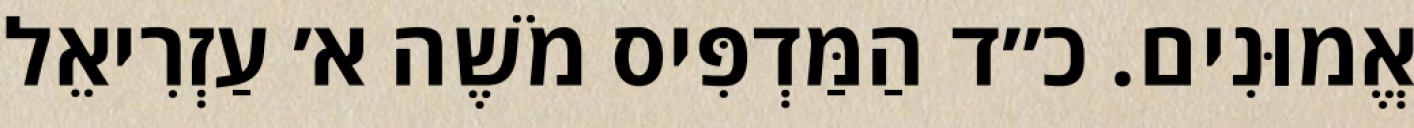
אֱמוּנִים. כ״ד הַמַּדְפִּיס מֹשֶׁה א׳ עַזְרִיאֵל